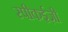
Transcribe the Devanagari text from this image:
स्पीकईज़ी